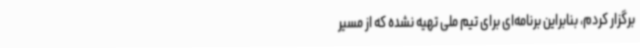
برگزار کردم، بنابراین برنامه‌ای برای تیم ملی تهیه نشده که از مسیر